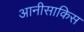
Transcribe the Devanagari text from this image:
आनीसाकिस